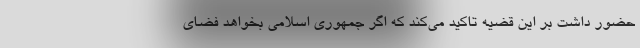
حضور داشت بر این قضیه تاکید می‌کند که اگر جمهوری اسلامی بخواهد فضای